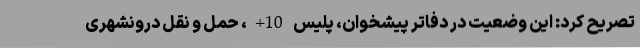
تصریح کرد: این وضعیت در دفاتر پیشخوان، پلیس 10+، حمل و نقل درونشهری